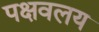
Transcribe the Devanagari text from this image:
पक्षवलय